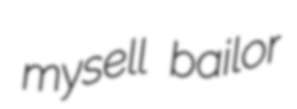
mysell bailor